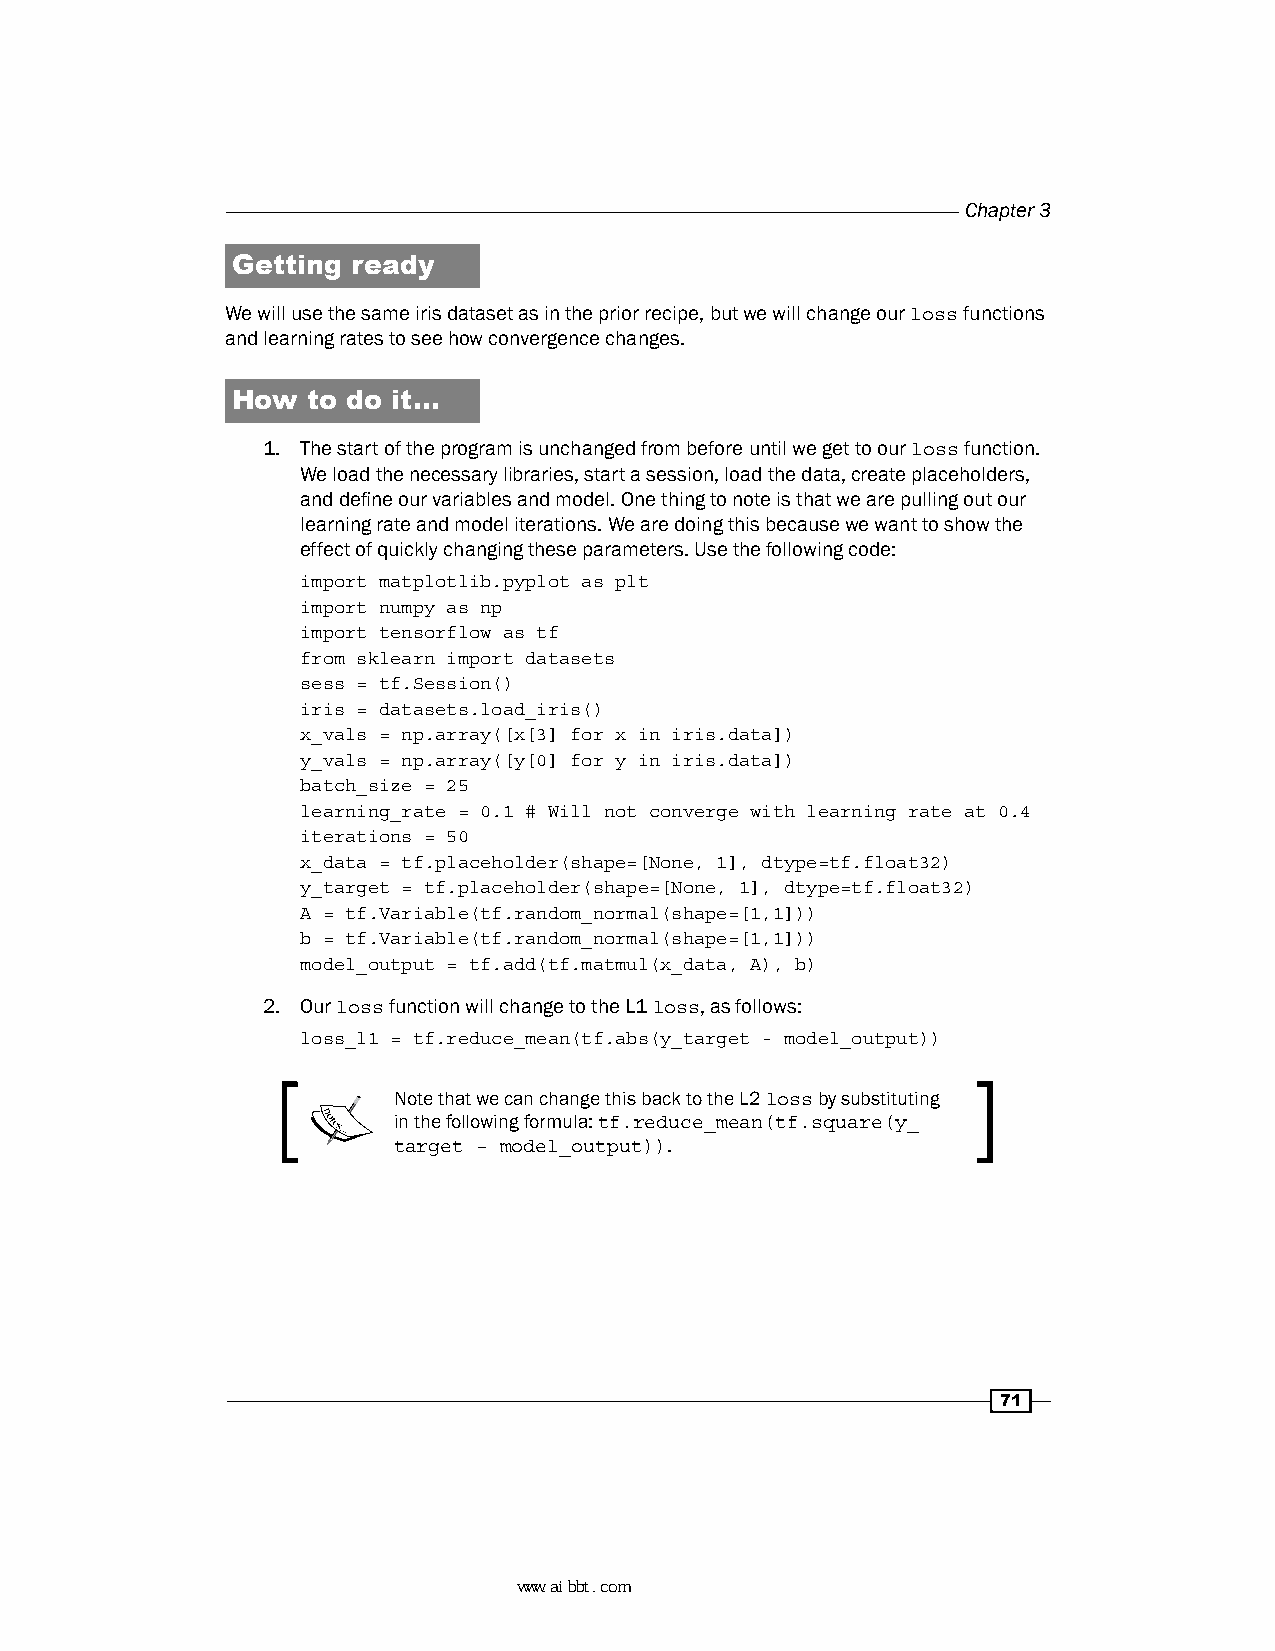
Chapter 3
 Getting ready
 We will use the same iris dataset as in the prior recipe, but we will change our loss functions
 and learning rates to see how convergence changes.
 How  to do it…
 1. The start of the program is unchanged from before until we get to our loss function.
 We load the necessary libraries, start a session, load the data, create placeholders,
 and define our variables and model. One thing to note is that we are pulling out our
 learning rate and model iterations. We are doing this because we want to show the
 effect of quickly changing these parameters. Use the following code:
 import matplotlib.pyplot as plt
 import numpy as np
 import tensorflow as tf
 from sklearn import datasets
 sess = tf.Session()
 iris = datasets.load_iris()
 x_vals = np.array([x[3] for x in iris.data])
 y_vals = np.array([y[0] for y in iris.data])
 batch_size = 25
 learning_rate = 0.1 # Will not converge with learning rate at 0.4
 iterations = 50
 x_data = tf.placeholder(shape=[None, 1], dtype=tf.float32)
 y_target = tf.placeholder(shape=[None, 1], dtype=tf.float32)
 A = tf.Variable(tf.random_normal(shape=[1,1]))
 b = tf.Variable(tf.random_normal(shape=[1,1]))
 model_output = tf.add(tf.matmul(x_data, A), b)
 2. Our loss function will change to the L1 loss, as follows:
 loss_l1 = tf.reduce_mean(tf.abs(y_target - model_output))
 Note that we can change this back to the L2 loss by substituting
 in the following formula: tf.reduce_mean(tf.square(y_
 target – model_output)).
 71
 www.aibbt.com 让未来触手可及